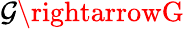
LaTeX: \mathcal{G}\rightarrowG